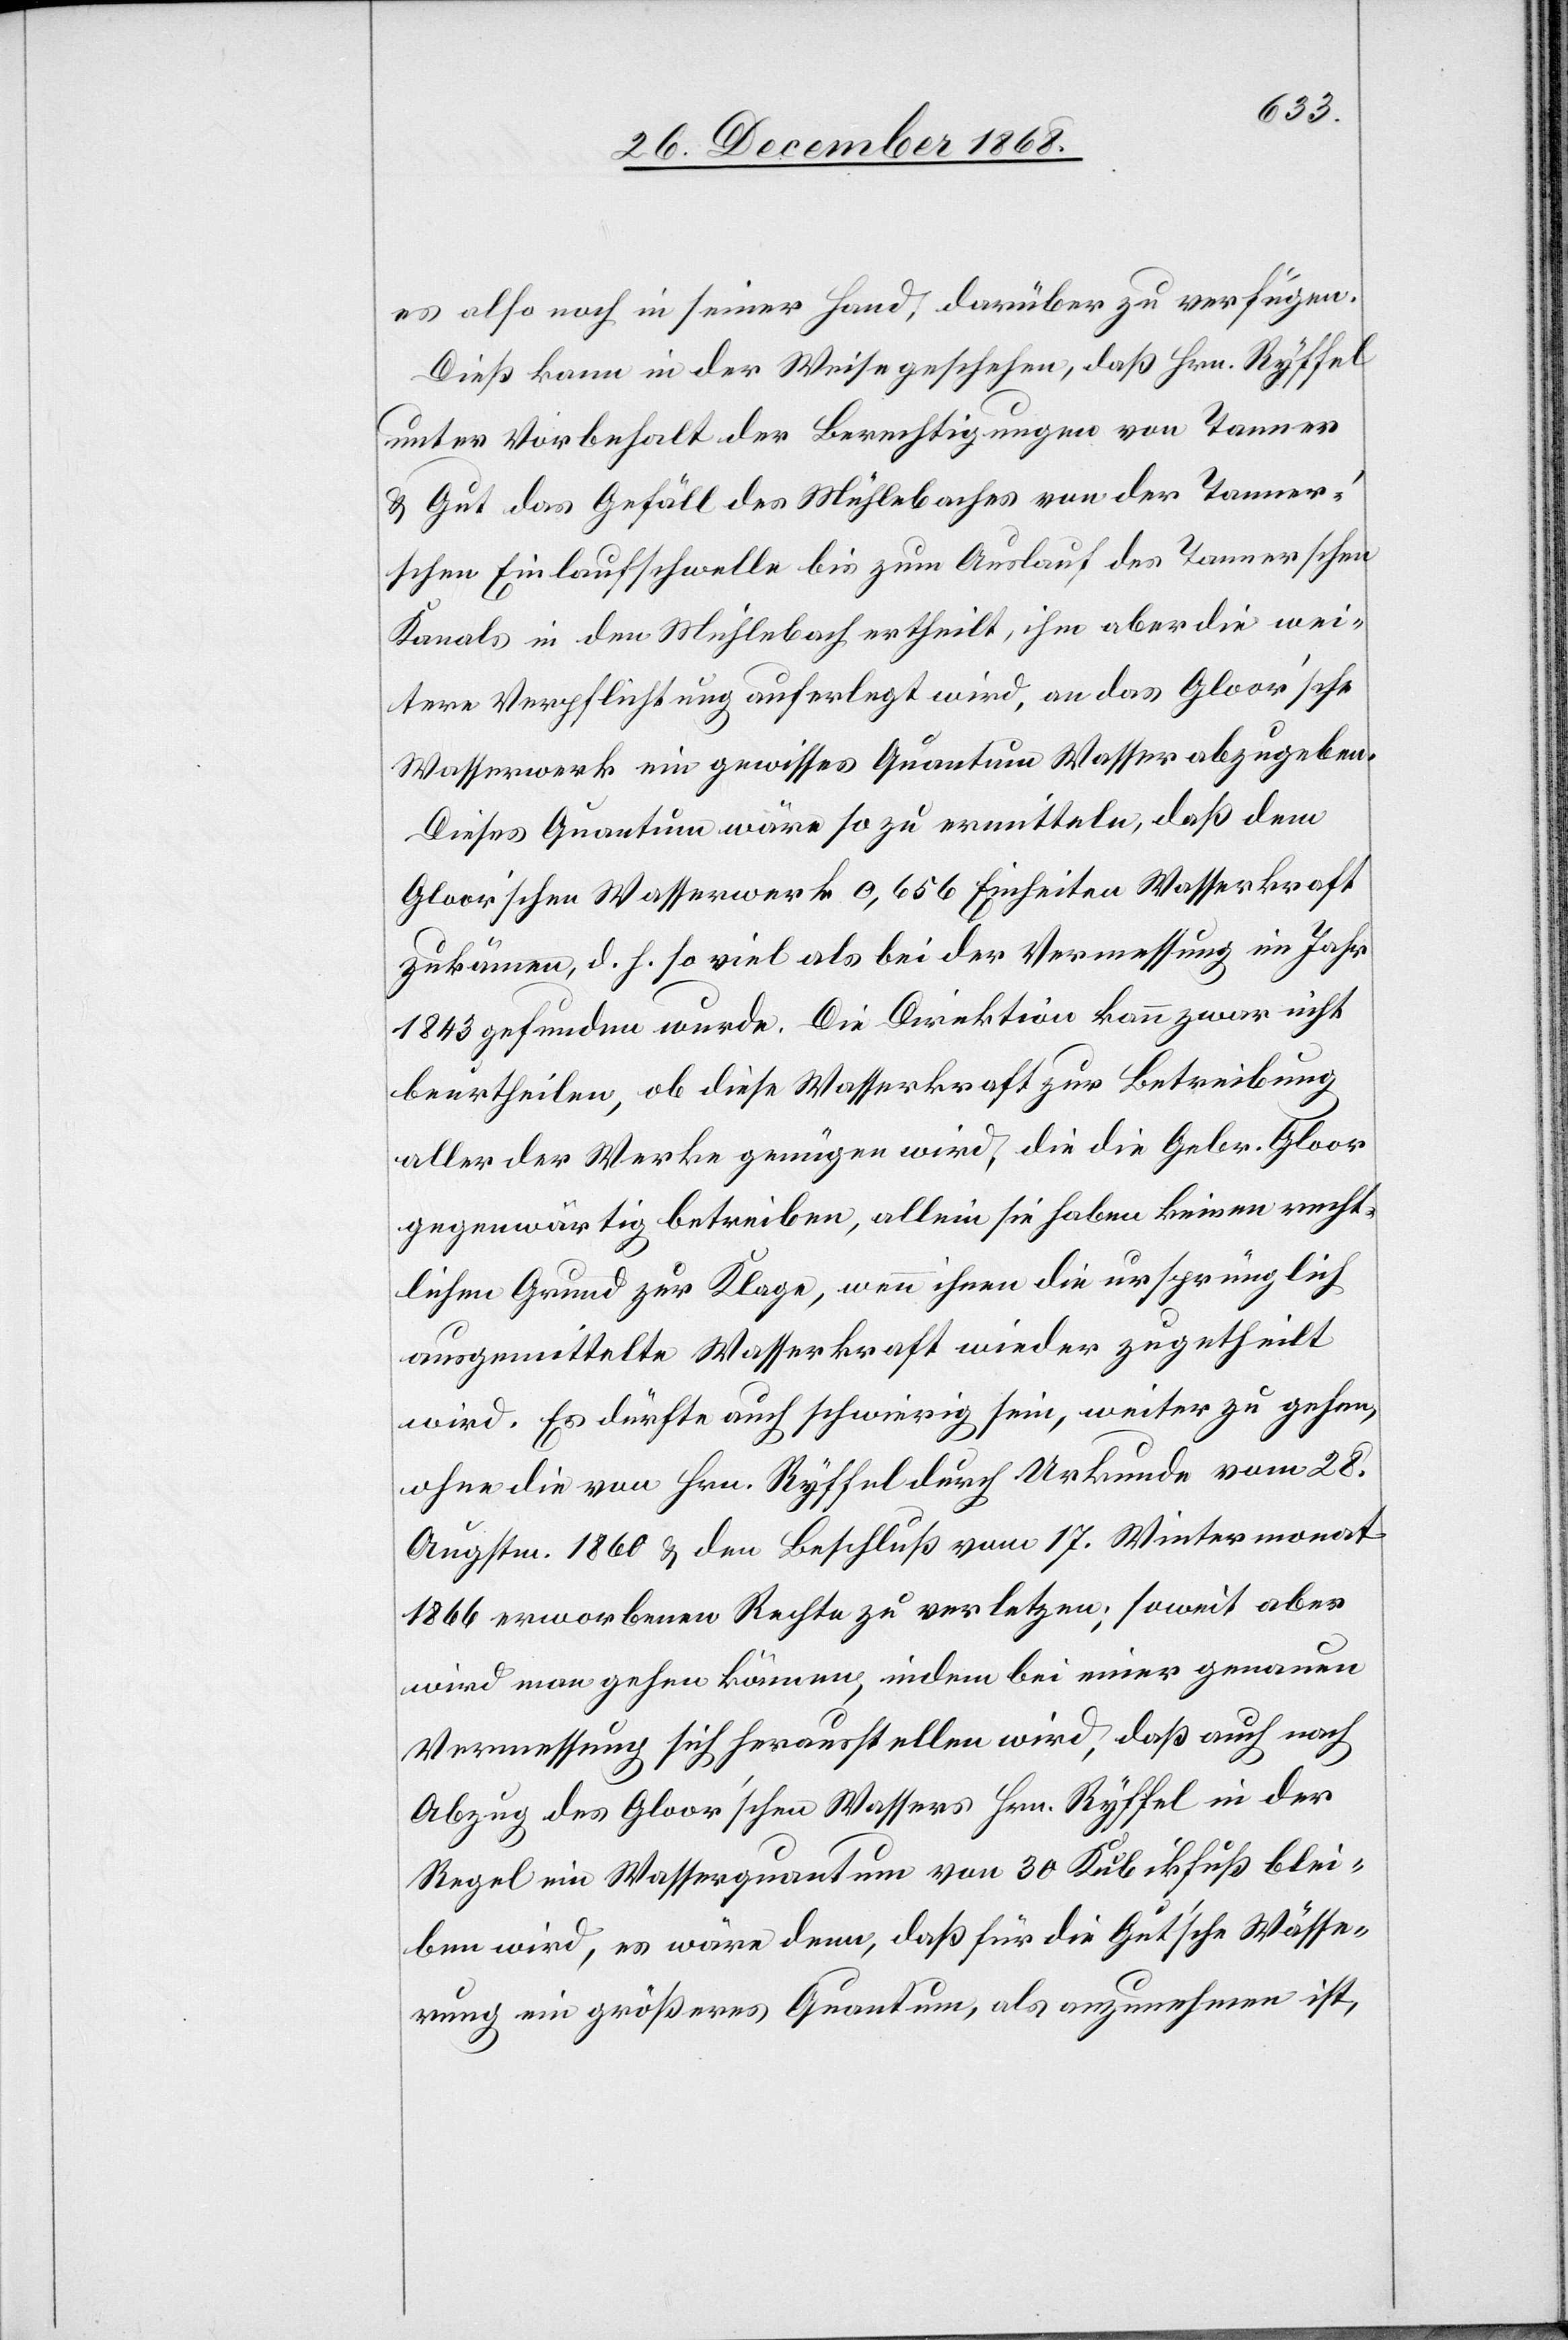
es also noch in seiner Hand, darüber zu verfügen.
Dieß kann in der Weise geschehen, daß Hrn. Ryffel
unter Vorbehalt der Berechtigungen von Tanner
& Gut das Gefäll des Mühlebaches von der Tanner’s¬
chen Einlaufschwelle bis zum Auslauf des Tannerschen
Kanals in den Mühlebach ertheilt, ihm aber die wei¬
tere Verpflichtung auferlegt wird, an das Gloor’sche
Wasserwerk ein gewisses Quantum Wasser abzugeben.
Dieses Quantum wäre so zu ermitteln, daß dem
Gloor’schen Wasserwerk 0,656 Einheiten Wasserkraft
zukämen, d. h. so viel als bei der Vermessung im Jahr
1843 gefunden wurde. Die Direktion kann zwar nicht
beurtheilen, ob diese Wasserkraft zur Betreibung
aller der Werke genügen wird, die die Gebr. Gloor
gegenwärtig betreiben, allein sie haben keinen recht¬
lichen Grund zur Klage, wenn ihnen die ursprünglich
ausgemittelte Wasserkraft wieder zugetheilt
wird. Es dürfte auch schwierig sein, weiter zu gehen,
ohne die von Hrn. Ryffel durch Urkunde vom 28.
Augstm. 1860 & den Beschluß vom 17. Wintermonat
1866 erworbenen Rechte zu verletzen; soweit aber
wird man gehen können, indem bei einer genauen
Vermessung sich herausstellen wird, daß auch nach
Abzug des Gloor’schen Wassers Hrn. Ryffel in der
Regel ein Wasserquantum von 30 Kubikfuß blei¬
ben wird, es wäre denn, daß für die Gut’sche Wässe¬
rung ein größeres Quantum, als anzunehmen ist,